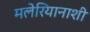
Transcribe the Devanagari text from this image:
मलेरियानाशी